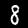
Digit: 8